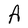
Character: A